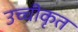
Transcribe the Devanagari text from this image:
उच्‍चीकृत